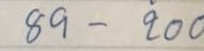
89 - 200